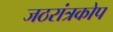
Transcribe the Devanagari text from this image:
जठरांत्रकोप